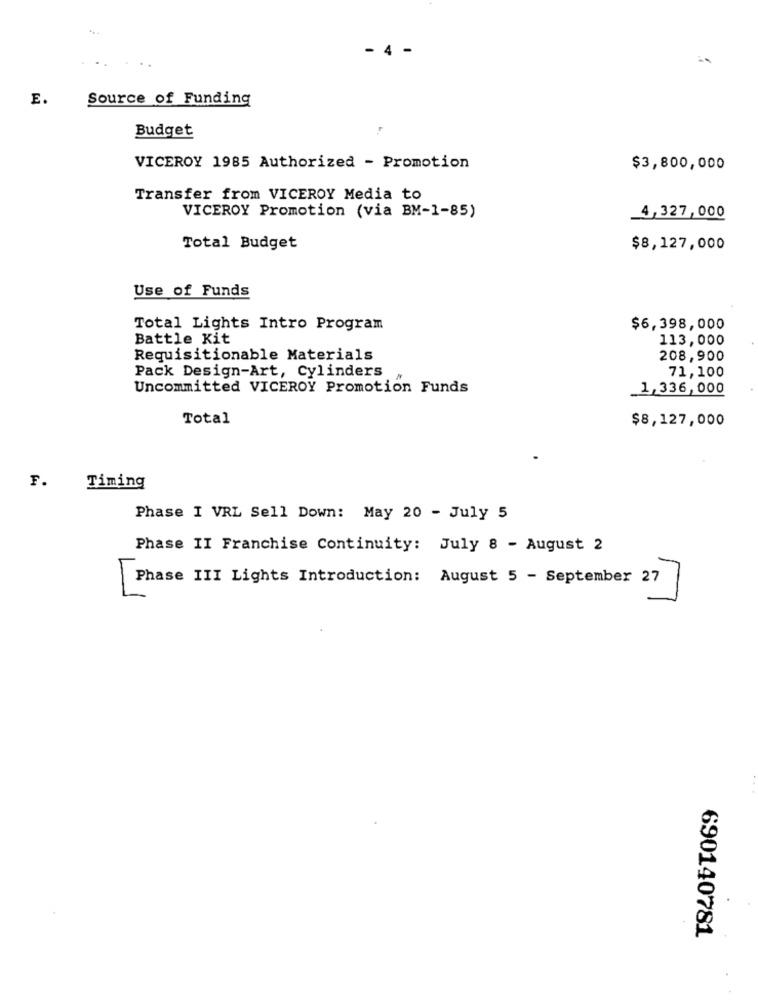
- 4 -
E.
Source of Funding
Budget
VICEROY 1985 Authorized - Promotion
$3,800,000
Transfer from VICEROY Media to
VICEROY Promotion (via BM-1-85)
4,327,000
Total Budget
$8,127,000
Use of Funds
Total Lights Intro Program
$6,398,000
Battle Kit
113,000
Requisitionable Materials
208,900
Pack Design-Art, Cylinders
71,100
Uncommitted VICEROY Promotion Funds
1,336,000
Total
$8,127,000
F.
Timing
Phase I VRL Sell Down: May 20 - July 5
Phase II Franchise Continuity: July 8 - August 2
Phase III Lights Introduction: August 5 - September 27
L
690140781